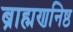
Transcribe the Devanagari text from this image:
ब्राह्मणनिष्ठ